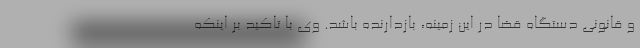
و قانونی دستگاه قضا در این زمینه، بازدارنده باشد. وی با تاکید بر اینکه